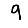
Digit: 9